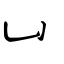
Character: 凵